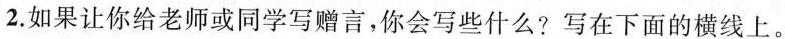
2.如果让你给老师或同学写赠言，你会写些什么?写在下面的横线上。